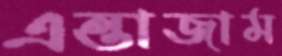
এন্তাজাম